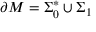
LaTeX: \partial M = \Sigma _ { 0 } ^ { * } \cup \Sigma _ { 1 }